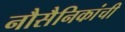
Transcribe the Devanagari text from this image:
नौसैनिकांची